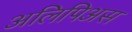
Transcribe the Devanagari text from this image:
अलिपिअस